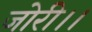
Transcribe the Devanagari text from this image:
जोरी।।